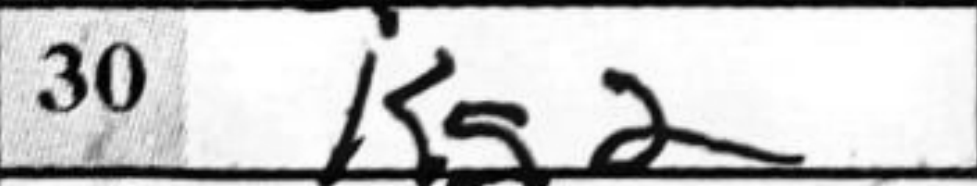
Transcription: Kg2